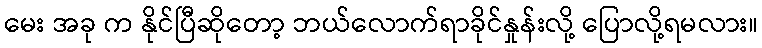
မေး အခု က နိုင်ပြီဆိုတော့ ဘယ်လောက်ရာခိုင်နှုန်းလို့ ပြောလို့ရမလား။